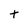
Character: t